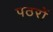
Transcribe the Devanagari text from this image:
पठरों